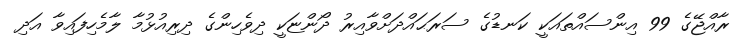
ރާއްޖޭގެ 99 އިންސައްތައަކީ ކަނޑުގެ ސަރަޙައްދަށްވާއިރު ދޯންޏަކީ ދިވެހިންގެ ދިރިއުޅުމާ ލާމެހިފައިވާ އަދި